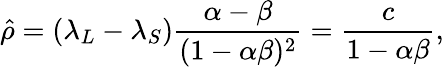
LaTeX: \hat{\rho}=(\lambda_{L}-\lambda_{S})\frac{\alpha-\beta}{(1-\alpha\beta)^{2}}=\frac{c}{1-\alpha\beta},